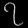
Digit: ၇